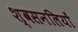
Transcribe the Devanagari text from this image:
श्वसनलियों